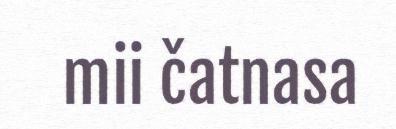
mii čatnasa